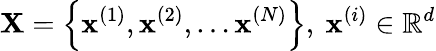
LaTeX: \mathbf{X}=\left\{ \mathbf{x}^{(1)},\mathbf{x}^{(2)},\ldots\mathbf{x}^{(N)}\right\} ,\ \mathbf{x}^{(i)}\in\mathbb{R}^{d}